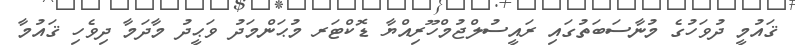
ޤައުމީ ދުވަހުގެ މުނާސަބަތުގައި ރައީސުލްޖުމްހޫރިއްޔާ ޑޮކްޓަރ މުޙަންމަދު ވަޙީދު މާދަމާ ދިވެހި ޤައުމާ